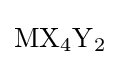
{\mathrm {MX} {\vphantom {A}}_{\smash[{t}]{4}}\mathrm {Y} {\vphantom {A}}_{\smash[{t}]{2}}}